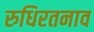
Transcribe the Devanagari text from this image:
रुधिरतनाव